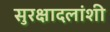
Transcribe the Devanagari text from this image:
सुरक्षादलांशी